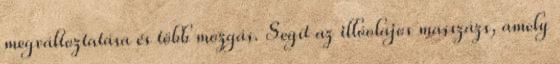
megváltoztatása és több mozgás. Segít az illóolajos masszázs, amely